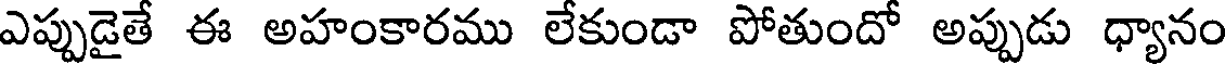
ఎప్పుడైతే ఈ అహంకారము లేకుండా పోతుందో అప్పుడు ధ్యానం